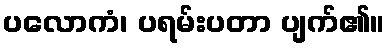
ပလောကံ၊ ပရမ်းပတာ ပျက်၏။